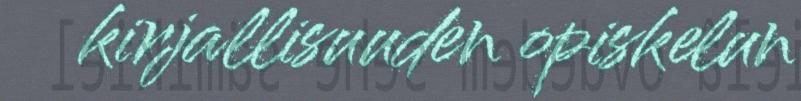
kirjallisuuden opiskelun